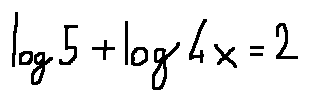
\log 5 + \log 4 x = 2